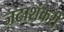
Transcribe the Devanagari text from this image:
जटाशंकरी